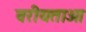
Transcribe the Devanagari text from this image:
वरीयताओ